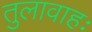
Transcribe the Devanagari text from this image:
तुलावाहः